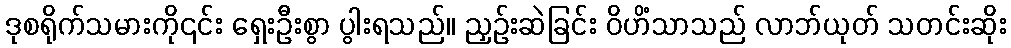
ဒုစရိုက်သမားကို၎င်း ရှေးဦးစွာ ပွါးရသည်။ ညှဉ်းဆဲခြင်း ဝိဟိံသာသည် လာဘ်ယုတ် သတင်းဆိုး